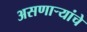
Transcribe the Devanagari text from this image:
असणाऱ्यांचे